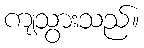
ကျသွားသည်။